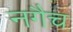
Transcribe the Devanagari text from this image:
नगैच